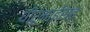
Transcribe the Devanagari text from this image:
धीरूभाईंसह